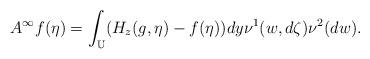
LaTeX: \begin{align*}A^{\infty}f(\eta )=\int_{{\Bbb U}}(H_z(g,\eta )-f(\eta ))dy\nu^1(w,d\zeta )\nu^2(dw).\end{align*}